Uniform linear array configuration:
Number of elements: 24
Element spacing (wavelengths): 1
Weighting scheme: uniform
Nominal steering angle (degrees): -30
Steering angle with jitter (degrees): -30.862
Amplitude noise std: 0.05
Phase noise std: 0.05

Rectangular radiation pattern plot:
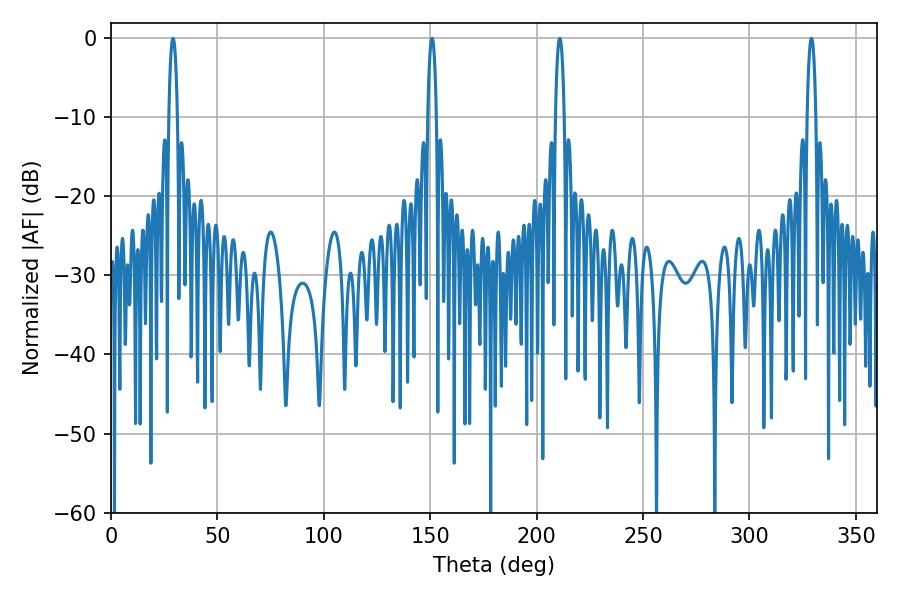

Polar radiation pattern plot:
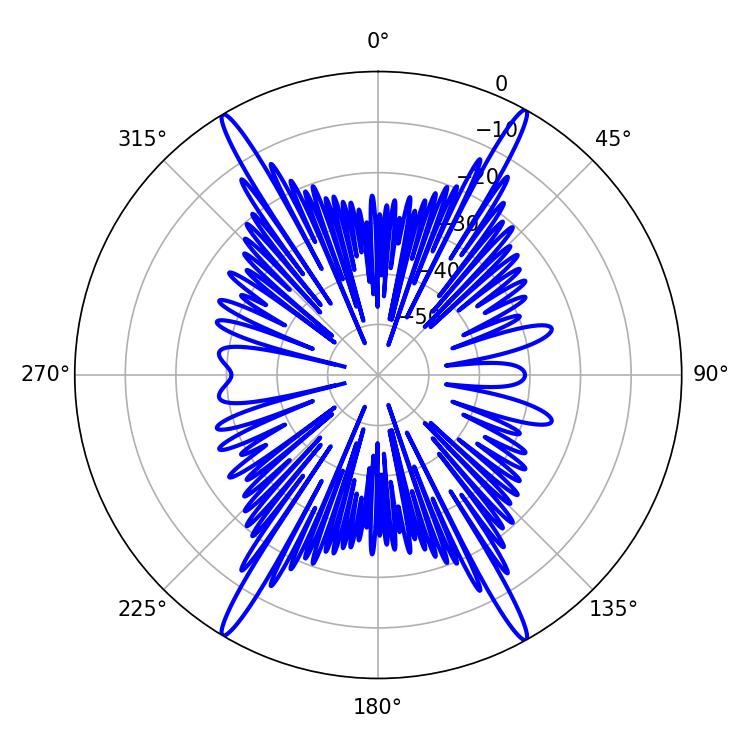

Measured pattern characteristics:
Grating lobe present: TRUE
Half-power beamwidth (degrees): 2.16
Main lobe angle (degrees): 29.16